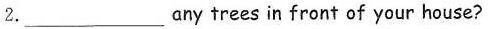
2.___ any trees in front of your house?